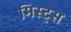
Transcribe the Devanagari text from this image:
मिस्ट्स